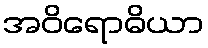
အဝိရောဓိယာ